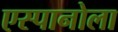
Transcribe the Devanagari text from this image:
एस्पानोला